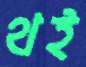
থই